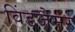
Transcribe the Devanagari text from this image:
विंडजैमर